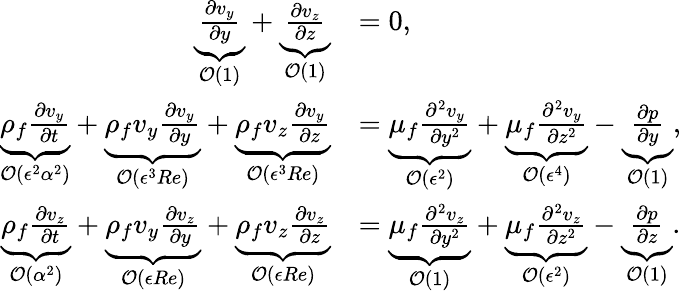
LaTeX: \begin{array}{rl}{\underbrace{\frac{\partial v_{y}}{\partial y}}_{\mathcal{O}(1)}+\underbrace{\frac{\partial v_{z}}{\partial z}}_{\mathcal{O}(1)}}&{=0,}\\ {\underbrace{\rho_{f}\frac{\partial v_{y}}{\partial t}}_{\mathcal{O}(\epsilon^{2}{\alpha}^{2})}+\underbrace{\rho_{f}v_{y}\frac{\partial v_{y}}{\partial y}}_{\mathcal{O}(\epsilon^{3}Re)}+\underbrace{\rho_{f}v_{z}\frac{\partial v_{y}}{\partial z}}_{\mathcal{O}(\epsilon^{3}Re)}}&{=\underbrace{\mu_{f}\frac{\partial^{2}v_{y}}{\partial y^{2}}}_{\mathcal{O}(\epsilon^{2})}+\underbrace{\mu_{f}\frac{\partial^{2}v_{y}}{\partial z^{2}}}_{\mathcal{O}(\epsilon^{4})}-\underbrace{\frac{\partial p}{\partial y}}_{\mathcal{O}(1)},}\\ {\underbrace{\rho_{f}\frac{\partial v_{z}}{\partial t}}_{\mathcal{O}({\alpha}^{2})}+\underbrace{\rho_{f}v_{y}\frac{\partial v_{z}}{\partial y}}_{\mathcal{O}(\epsilon Re)}+\underbrace{\rho_{f}v_{z}\frac{\partial v_{z}}{\partial z}}_{\mathcal{O}(\epsilon Re)}}&{=\underbrace{\mu_{f}\frac{\partial^{2}v_{z}}{\partial y^{2}}}_{\mathcal{O}(1)}+\underbrace{\mu_{f}\frac{\partial^{2}v_{z}}{\partial z^{2}}}_{\mathcal{O}(\epsilon^{2})}-\underbrace{\frac{\partial p}{\partial z}}_{\mathcal{O}(1)}.}\end{array}